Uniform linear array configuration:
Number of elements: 24
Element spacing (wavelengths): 0.75
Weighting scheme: kaiser
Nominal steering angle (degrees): -15
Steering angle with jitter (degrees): -15.737
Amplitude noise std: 0.05
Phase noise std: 0.05

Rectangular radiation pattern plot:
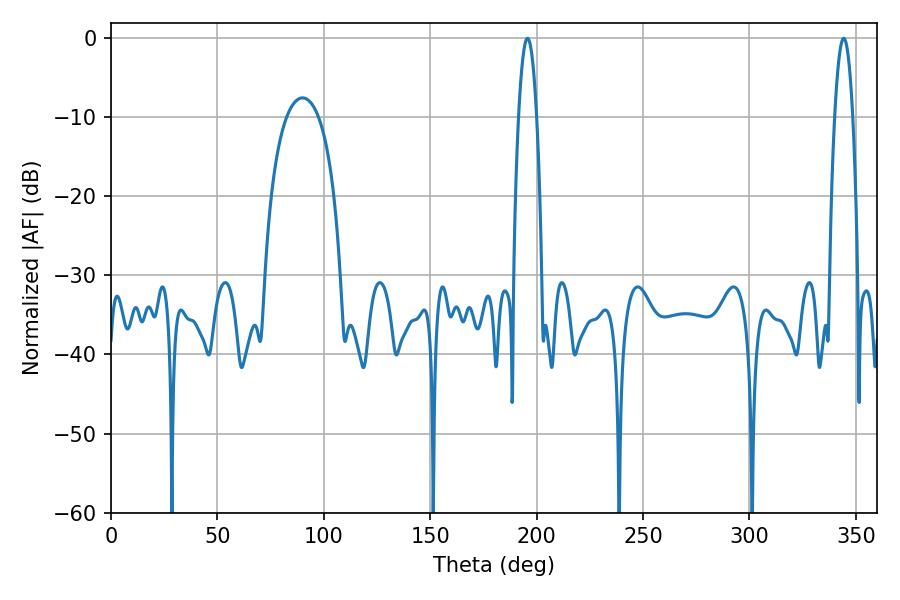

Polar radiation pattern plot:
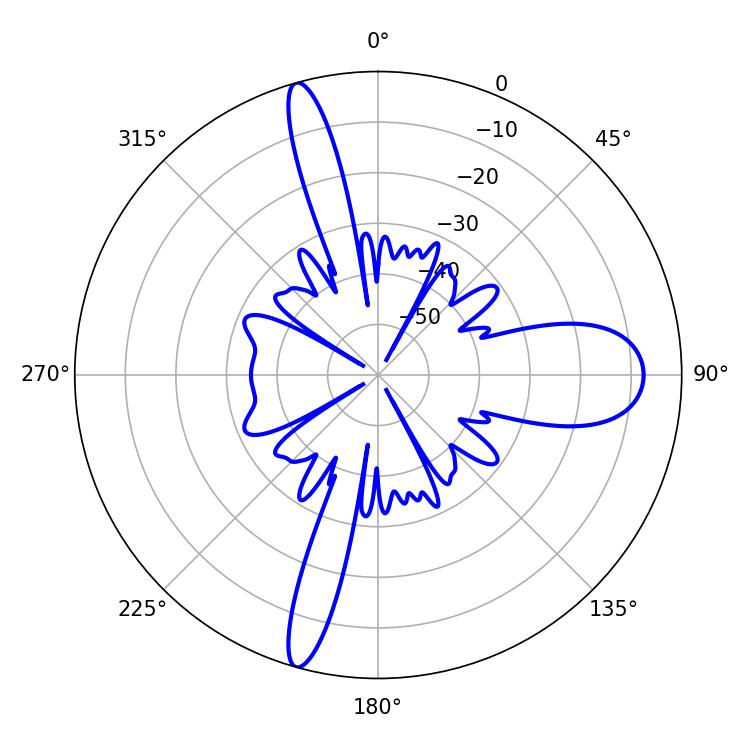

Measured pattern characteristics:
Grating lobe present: TRUE
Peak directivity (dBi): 27.949
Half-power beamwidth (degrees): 4.68
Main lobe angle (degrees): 195.66